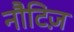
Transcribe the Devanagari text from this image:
नौटिज़